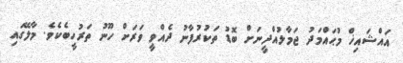
އައްޝައިޚް މުޙައްމަދު ޖަމާލުއްދީނަށް ބޮޑު ތަކުރުފާނު ދެއްވީ ވަރަށް ހޫނު ތަރުހީބެކެވެ. މާލޭގައި